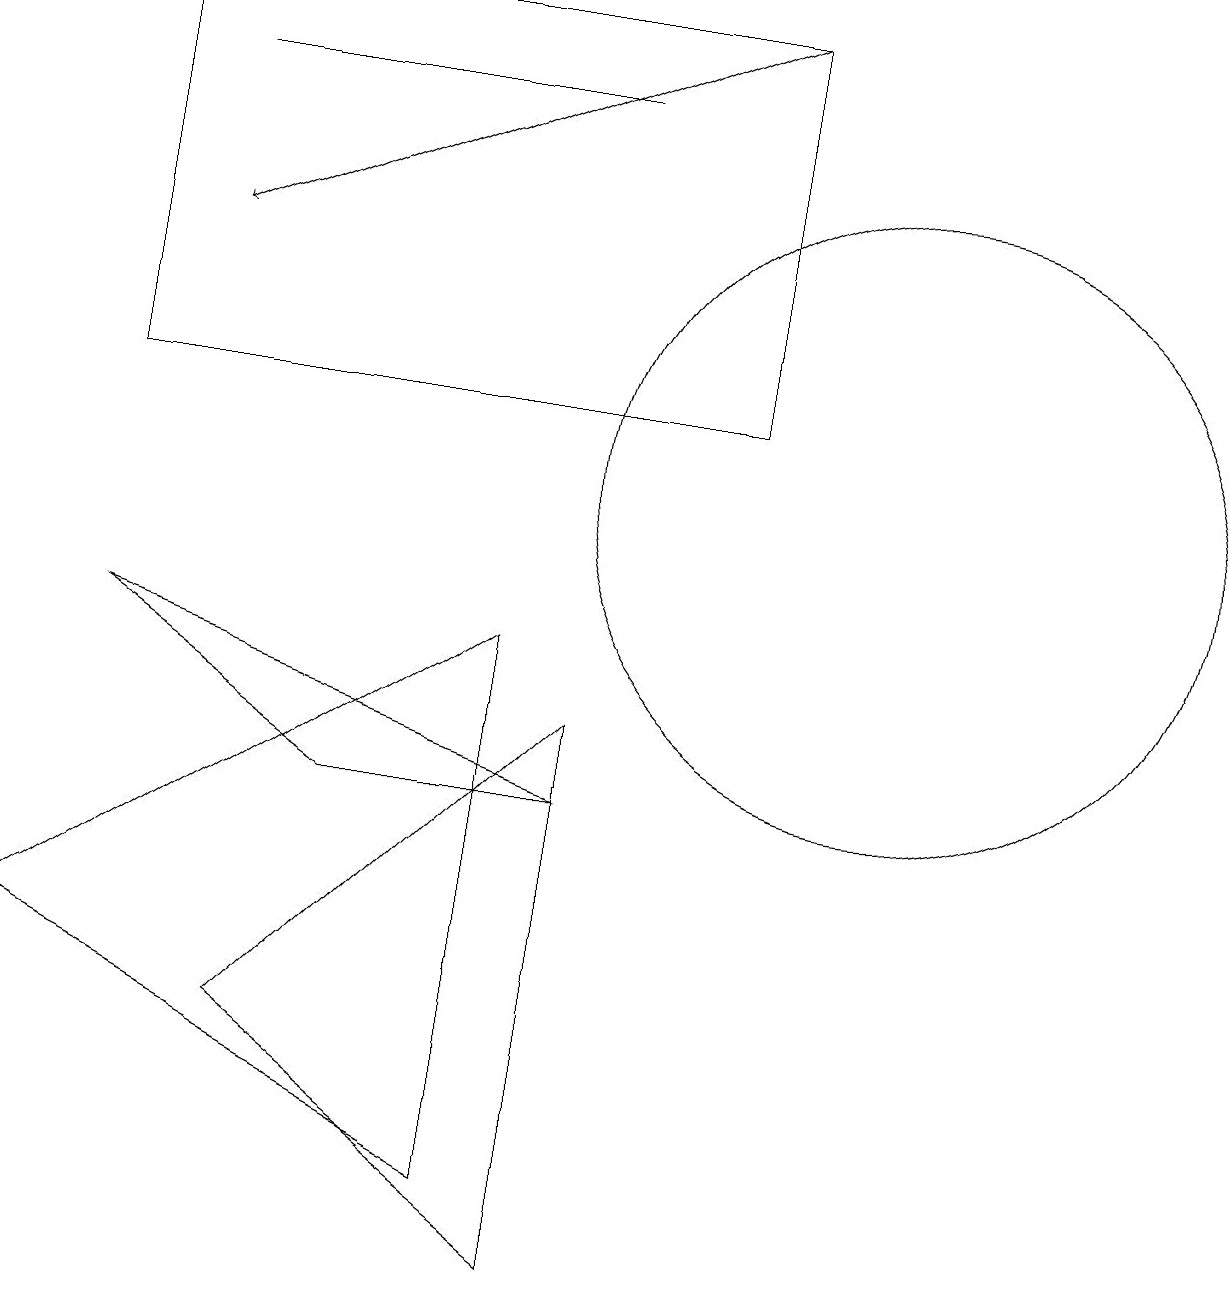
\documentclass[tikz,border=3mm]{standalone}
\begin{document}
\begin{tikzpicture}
\draw (1,12) rectangle (9,17);
\draw (7,16) rectangle (2,16);
\draw (7,1) -- (7,8) -- (3,4) -- cycle;
\draw (0,5) -- (6,9) -- (6,2) -- cycle;
\draw (11,11) circle (4);
\draw[->] (9,17) -- (2,14);
\draw (7,7) -- (4,7) -- (1,9) -- cycle;
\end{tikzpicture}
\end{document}